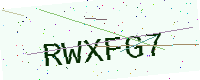
Text: RWXFG7